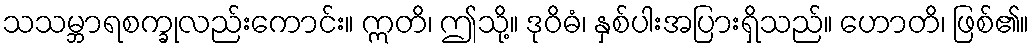
သသမ္ဘာရစက္ခုလည်းကောင်း။ ဣတိ၊ ဤသို့။ ဒုဝိဓံ၊ နှစ်ပါးအပြားရှိသည်။ ဟောတိ၊ ဖြစ်၏။